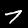
Digit: 7